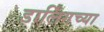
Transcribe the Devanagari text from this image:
डार्लिंगच्या